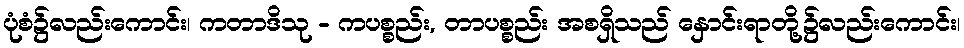
ပုံစံ၌လည်းကောင်း၊ ကတာဒိသု - ကပစ္စည်း, တာပစ္စည်း အစရှိသည် နှောင်းရာတို့၌လည်းကောင်း၊